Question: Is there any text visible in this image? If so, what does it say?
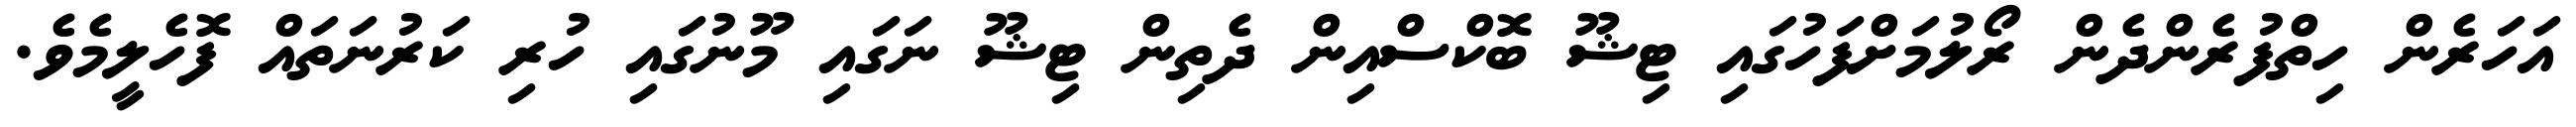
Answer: އަހަރެން ހިތްފުރެންދެން ރޯލުމަށްފަހުގައި ޓިޝޫ ބޮކްސްއިން ދެތިން ޓިޝޫ ނަގައި މޫނުގައި ހުރި ކަރުނަތައް ފޮހެލީމެވެ.